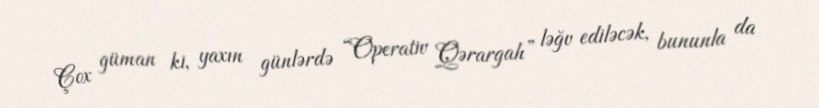
Çox güman ki, yaxın günlərdə “Operativ Qərargah” ləğv ediləcək, bununla da